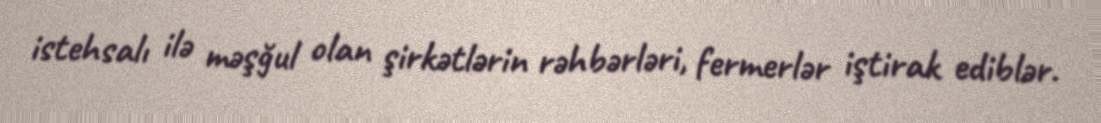
istehsalı ilə məşğul olan şirkətlərin rəhbərləri, fermerlər iştirak ediblər.